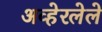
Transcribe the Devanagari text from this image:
अव्हेरलेले